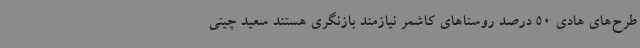
طرح‌های هادی 50 درصد روستاهای کاشمر نیازمند بازنگری هستند سعید چیتی